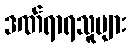
ဒဏ်ရာရသူများ